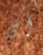
أي